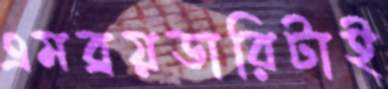
এমব্রয়ডারিটাই